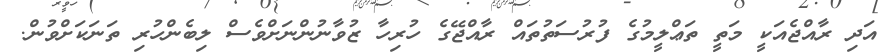
އަދި ރާއްޖެއަކީ މަތީ ތަޢްލީމުގެ ފުރުސަތުތައް ރާއްޖޭގެ ހުރިހާ ޒުވާނުންނަށްވެސް ލިބެންހުރި ތަނަކަށްވުން.